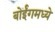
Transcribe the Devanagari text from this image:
बोईंगमध्ये